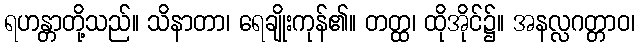
ရဟန္တာတို့သည်။ သိနာတာ၊ ရေချိုးကုန်၏။ တတ္ထ၊ ထိုအိုင်၌။ အနလ္လဂတ္တာဝ၊